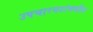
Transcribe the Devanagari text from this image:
उपचारगटांमधील